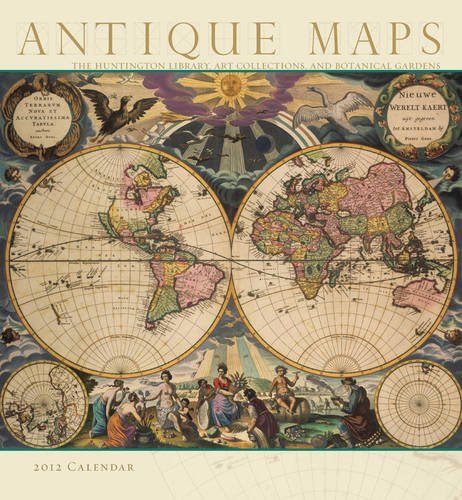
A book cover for Antique Maps 2012 Calendar (Wall Calendar); The Huntington Library; Calendars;